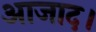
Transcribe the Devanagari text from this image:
आजाद।